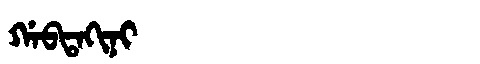
Manchu: ᡤᠠᠪᡨᠠᡴᡳᠨᡳ
Romanization: GABTAKINI